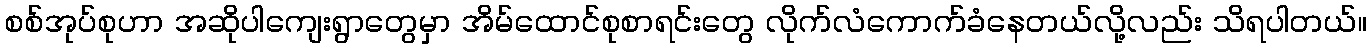
စစ်အုပ်စုဟာ အဆိုပါကျေးရွာတွေမှာ အိမ်ထောင်စုစာရင်းတွေ လိုက်လံကောက်ခံနေတယ်လို့လည်း သိရပါတယ်။